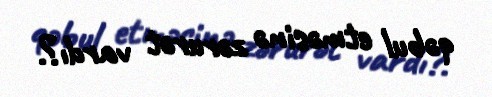
qəbul etməsinə zərurət vardı?.